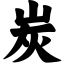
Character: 炭